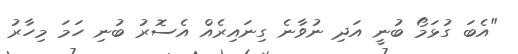
"އެބަ ގުޅަމޯ ބުނީ އަދި ނުވާނެ ގިނައިރެއް އެސޮރު ބުނި ހަމަ މިހާރު